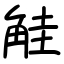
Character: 觟